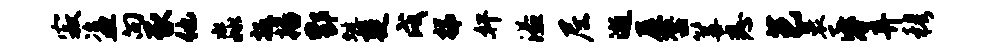
寂盗向豕他淼扳播酆蜓楚戌梯奸溢尼逝展罄篝悉芭裹昏弃穆